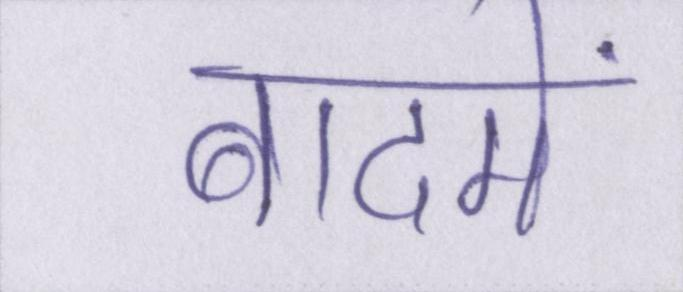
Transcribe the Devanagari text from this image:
बादमें